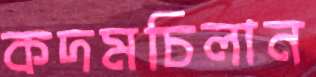
কদমচিলান